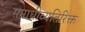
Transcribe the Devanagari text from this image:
समाधीव्यतिरिक्त